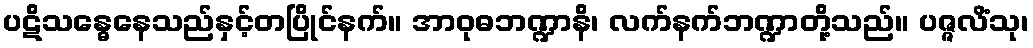
ပဋိသန္ဓေနေသည်နှင့်တပြိုင်နက်။ အာဝုဓဘဏ္ဍာနိ၊ လက်နက်ဘဏ္ဍာတို့သည်။ ပဇ္ဇလိံသု၊